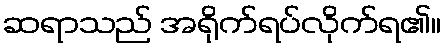
ဆရာသည် အရိုက်ရပ်လိုက်ရ၏။